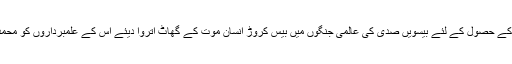
جس مغربی تہذیب نے اپنے مادیت پسندانہ مقاصد کے حصول کے لئے بیسویں صدی کی عالمی جنگوں میں بیس کروڑ انسان موت کے گھاٹ اتروا دیئے اس کے علمبرداروں کو محمدﷺ پر یہ الزام نہیں لگانا چاہئے کہ وہ جنگجو تھے۔